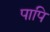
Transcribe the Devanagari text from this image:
पापि